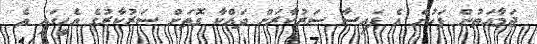
ޖަމާއަތުން ފަހުން އެ ފައިސާ ސަރުކާރަށް ދައްކާ ގޮތަށް ސަރުކާރުގެ އެހީގައި އެ